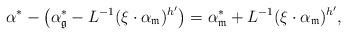
LaTeX: \begin{gather*}\alpha^{\ast}-\big(\alpha_{\mathfrak{g}}^{\ast}-L^{-1}(\xi\cdot\alpha_{\mathfrak{m}})^{h'}\big)=\alpha_{\mathfrak{m}}^{\ast}+L^{-1}(\xi\cdot\alpha_{\mathfrak{m}})^{h'},\end{gather*}